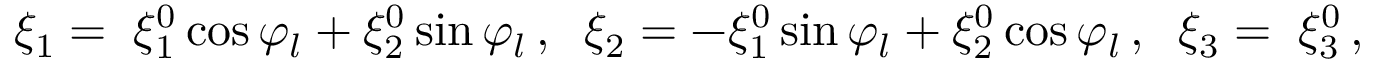
\xi _ { 1 } = \; \xi _ { 1 } ^ { 0 } \cos { \varphi _ { l } } + \xi _ { 2 } ^ { 0 } \sin { \varphi _ { l } } \, , \; \; \xi _ { 2 } = - \xi _ { 1 } ^ { 0 } \sin { \varphi _ { l } } + \xi _ { 2 } ^ { 0 } \cos { \varphi _ { l } } \, , \; \; \xi _ { 3 } = \; \xi _ { 3 } ^ { 0 } \, ,